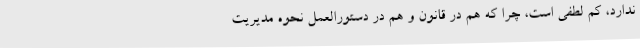
ندارد، کم لطفی است، چرا که هم در قانون و هم در دستورالعمل نحوه مدیریت